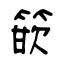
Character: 篏